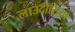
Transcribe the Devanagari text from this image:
लाउदीसिया